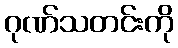
ဂုဏ်သတင်းကို